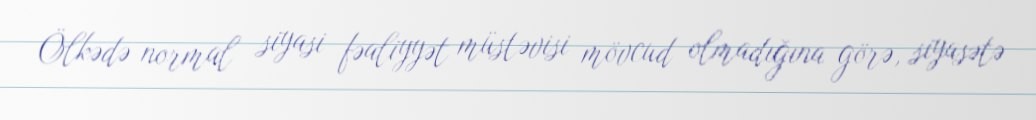
Ölkədə normal siyasi fəaliyyət müstəvisi mövcud olmadığına görə, siyasətə